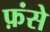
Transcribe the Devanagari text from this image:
फ़ंसे